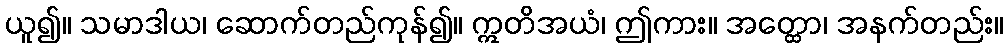
ယူ၍။ သမာဒါယ၊ ဆောက်တည်ကုန်၍။ ဣတိအယံ၊ ဤကား။ အတ္ထော၊ အနက်တည်း။